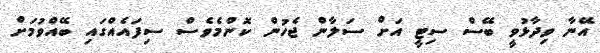
އޭނާ ވިދާޅުވީ ބޭސް ސިޓީ އަށް ސަލާން ޖެހުން ކޮންމެވެސް ސިފައެއްގައި ބޭއްވުމަށް